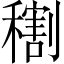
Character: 𥢫